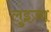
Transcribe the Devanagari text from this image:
लुइज़ा